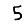
Digit: 5